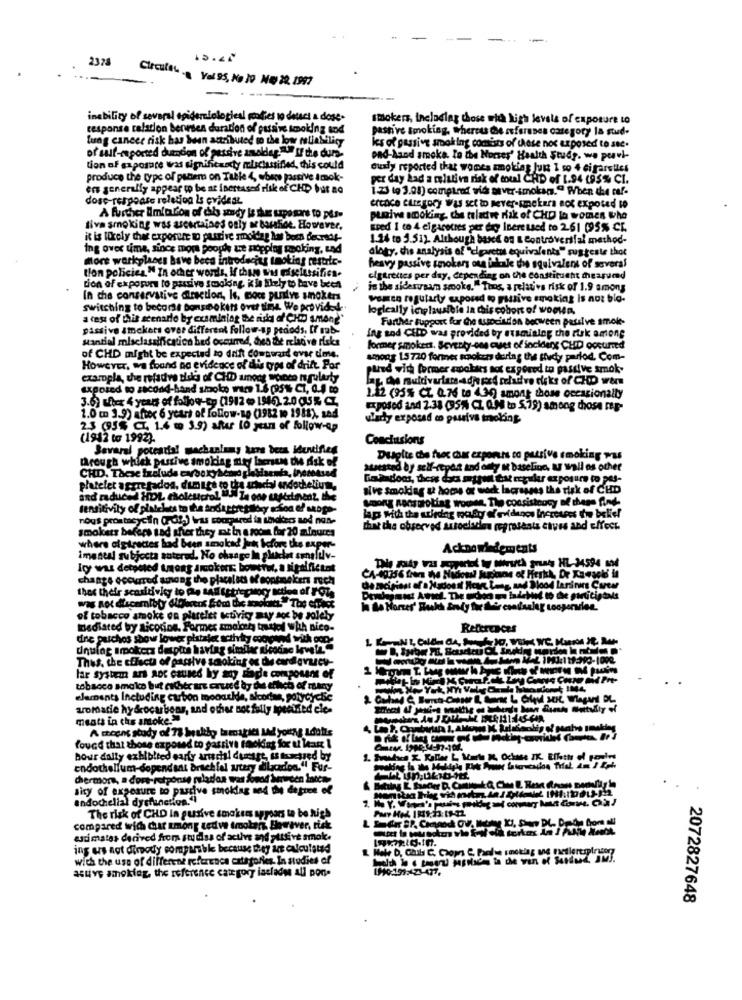
-
-
2378
15.44
Circular
Yal 95, No 19 ME 22 1997
inability of several epidemiologiesl goodies to detect a dose-
smokers, including those with high levels of exposure to
response talation benesen duration of passing smoking and
pasti ve Smoking, Whereus Ce refersses category la stud-
lung cancer risk has been attributed to the low reliability
of self-reported duendion of passive asoldar."If the durs-
les of passive smoking comists of these noc exposed to see.
pad-Asod smoke. to the Horses' Health Study. we porvi-
tion of exposure was significasty mlsclassified, this could
ously reported that womes smoking Just 1 so 4 cigarstics
produce the type of panem on Table 4, where passive Imok-
per day Lad a mlutiva risk of moul CHD of 1.94 (95% CI.
en generally appear to be ne inertased risk of CHD bat ao
1.23 to 3.08) comptred wick sever-imokam." When the caf-
dosc-response reletion Is evident
A further ImiolLon of this andy is ther szposare to pes-
erence category Was set to never-smetana aok exposed to
punive smoking. the trladwe rik of CHD in women who
Ilva smoking was ascertaines only ar basthios. However,
sped I co 4 el garocres per day Inere used to 2.61 (95% CL
it is likely that exposure to pusrive smolder los b
1.14 to 3.51). Although based on & Controversial method-
ing over time, since moms poorde tre mopping smoking, und
alogy, chis analysis of "cigaretts equivalents" suggests that
More workplaces have been introducing smoking restric-
tion policies. " In other words, If chue was misclassifica.
heavy passive smokers one inkale the equivalent of several
cigarettes per day, depending on the constitucht chearumnd
tion of exposure to passive smoking k in Sihely to have been
in the sidesusar smookg."Thos, a relative risk of 1.9 among
In the conservative direction, Is, Bocs pudive smokers
vomto regularty exposed to passive smoking is not blo-
switching to become bonsinokits over time. We provided.
logically iciplausible in this cobort of woolen.
a test of this scenario by examining me rida of CH among*
Further Support for the tusocistion between passive smoke-
passive amckers over different follow-up pedods. [f mb-
santial misclassification bed occurred, des de relative risks
ing sod CHID was provided by examining the risk among
former smokers. Sevenky-ces cuset of incidere CHD occurred
of CHD might be expected to drift Cowsward evse dime.
among 1.5 720 former sonokon during the study parlod. Com-
However, we found na evidence of dis type of drift Por
pured with former cookies not exgorod to passive smok-
example, the refadve side of CHD among rocco n pilerty
exposed to second-hand smoke wars 1.6 (95% C1, 0.4 mo
3.6) thex 4 years of follow-up (1912 - 1946). 2.0 035% CZ
1.12 (95% CZ 0.76 to 4.30) among those occasionally
1.0 ( 3.9) afrox 6 years of follow-Re (1982 to 1988), sad
Exposed and 2.33 (35% CZ 0.3 to 5.79) among those rep-
ulady exposed co pausiva mnoking.
23 (95% CI. 1.4 to 3.9) after LO yun of follow-up
(1942 to 1992).
Conclusions
Bevaral potential machaninmy kars bers identifies
through whick pustive smoking mey lersens Du disk of
Dusgite che frex char exports to passive smoking was
atested by self-report and only a baseline, a wall os other
Giadadons, these data aspon tat regular exposure to pes-
platelet aggregados, dum ite to tra achocial endochelium,
sive smoking at home or wod lacrasses the risk of CHD
and reduced HDL cholesterol " -. Za one Laser
Song nonsproting wochen, The consistency of theps find-
nous prontacyclin (02) Was coursred in shakers and nos-
lap with the wirdag moby d'ovidenos Increases the belief
smokers before tad sher they sat in a room for 20 minutes
That the observed artodlades represents etves and effect
where olgirettes had been smoked juk before d
Acknowledements
imental subjecta sutered. No change In gluciat smaltlv-
Icy was detpoled trong anokors booster, a
significant
chants occurred among the placelats M'eoptneken ruch
thet their sensitivity to Pe tad setrepHogy M
of tobacco smoke on placelet activity may aoc be solely
Dedisted by Nicotine. Formes amoled takel wah nico-
References
dine parchos show lower platsier acthtry co
dnulog smokers despite having sim!
Thus, the effects of passive smoking os du cordovace-
lar system ars aoc caused by any dade composant of
tobacco amolco but cher are caused by thee ehlich of many
«laments Including carbon moodthe, sicodas, porycyclic
aromatic hydrocarbons, and other not fully ipected ele-
ments in the amoke.
A coang study of 73 healthy laenatics sd young Idols
found that those exposed to gassivt foroking fox ul lar 1
bour dally exhibited early arterial domage, ss hortsed by
endothellum-dopendant brachial artery dladoa." Fur-
Chermon, a dors-rotponse pulados was found berween laten
sity of exposure to pasrive smoking and the degree of
andochelial dysfunction."
The risk of CHD in pusive smokers a poars to be high
compared with chr among tedve trooker Elwaver, tak
estimates derived from studss of acties and yttsive smoke.
ing ers not dimody comparable because they are calculated
with the use of different reference categories. In studies of
asuye smoking, the reference category iaclady all pon-
2072827648